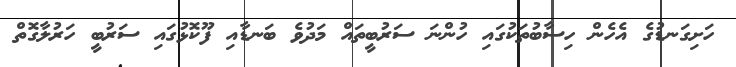
ހަށިގަނޑުގެ އެހެން ހިސާބުތަކުގައި ހުންނަ ސަރުބީތައް މަދުވެ ބަނޑާއި ފޫކޮޅުގައި ސަރުބީ ހަރުލާގޮތް